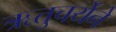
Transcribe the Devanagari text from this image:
ऋतुचर्येने